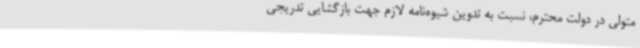
متولی در دولت محترم، نسبت به تدوین شیوه‌نامه لازم جهت بازگشایی تدریجی